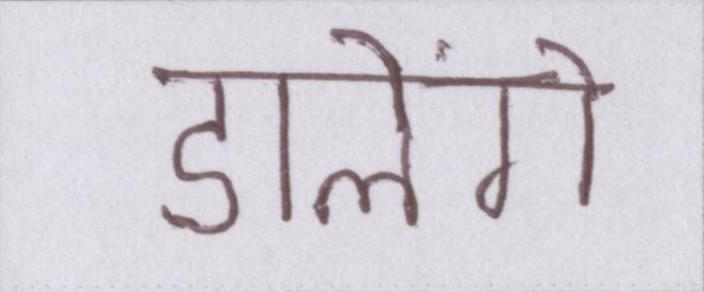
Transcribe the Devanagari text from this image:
डालेंगे